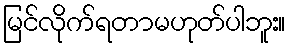
မြင်လိုက်ရတာမဟုတ်ပါဘူး။